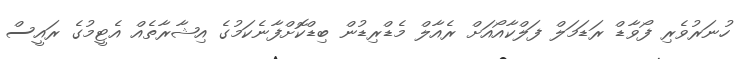
ހުނަރުވެރި ފޯވާޑް ރަޑަމަލް ފަލްކާއޯއަށް ރެއާލް މެޑްރިޑުން ބިޑްކޮށްފާނެކަމުގެ އިޝާރާތެއް އެޓީމުގެ ރައީސް